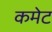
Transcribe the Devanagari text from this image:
कमेट